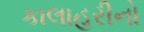
કાલાહરીનો